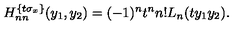
H _ { n n } ^ { \{ t \sigma _ { x } \} } ( y _ { 1 } , y _ { 2 } ) = ( - 1 ) ^ { n } t ^ { n } n ! L _ { n } ( t y _ { 1 } y _ { 2 } ) .